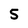
Character: 5